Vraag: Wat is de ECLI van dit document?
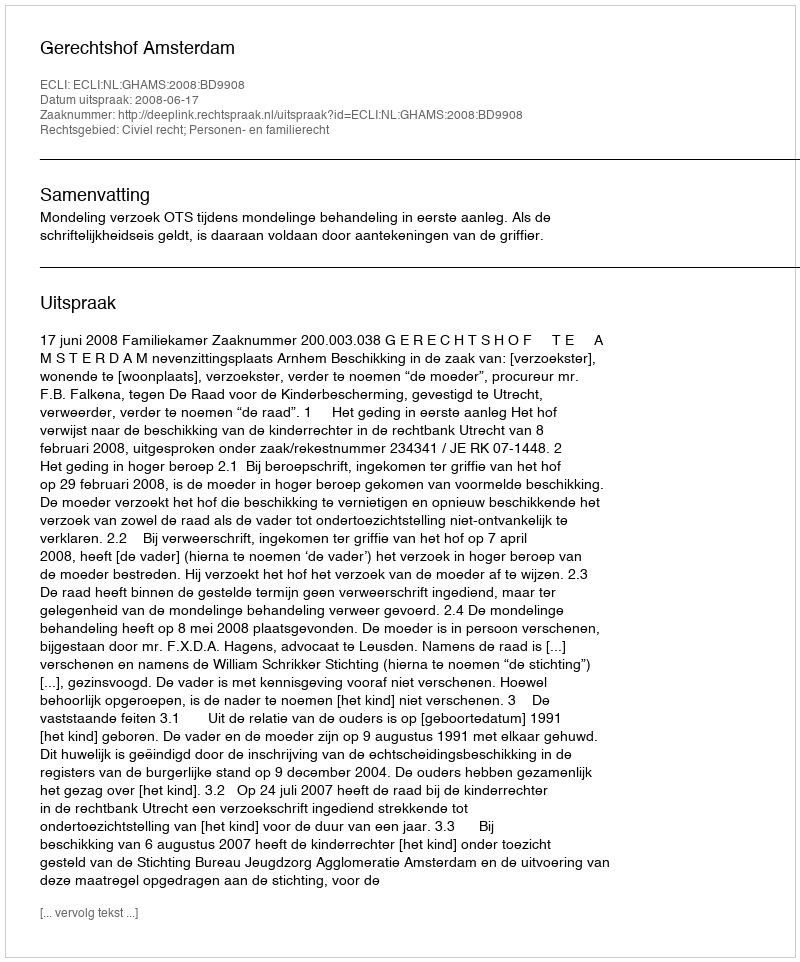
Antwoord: ECLI:NL:GHAMS:2008:BD9908